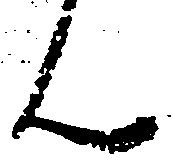
ん